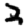
Digit: 2